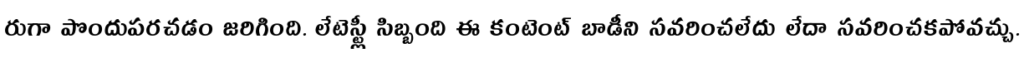
రుగా పొందుపరచడం జరిగింది. లేటెస్ట్లీ సిబ్బంది ఈ కంటెంట్ బాడీని సవరించలేదు లేదా సవరించకపోవచ్చు.